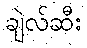
ချဲလ်ဆီး